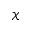
\mathscr { X }